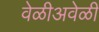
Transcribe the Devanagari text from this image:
वेळीअवेळी